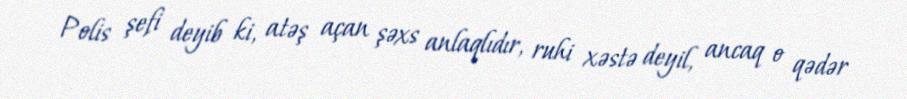
Polis şefi deyib ki, atəş açan şəxs anlaqlıdır, ruhi xəstə deyil, ancaq o qədər